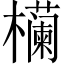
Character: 𬅉